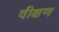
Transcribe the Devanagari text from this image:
वीक्षण